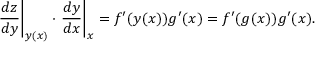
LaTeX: \left. { \frac { d z } { d y } } \right| _ { y ( x ) } \cdot \left. { \frac { d y } { d x } } \right| _ { x } = f ^ { \prime } ( y ( x ) ) g ^ { \prime } ( x ) = f ^ { \prime } ( g ( x ) ) g ^ { \prime } ( x ) .